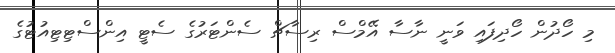
މި ހޯދުން ހޯދިފައި ވަނީ ނާސާ އޭމްސް ރިސާޗް ސެންޓަރުގެ ސެޓީ އިންސްޓިޓިއުޓުގެ